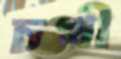
চখী